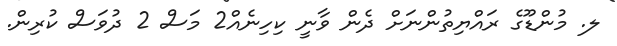
ލ. މުންޑޫގެ ރައްޔިތުންނަށް ދެން ވާނީ ކިހިނެއް2 މަސް 2 ދުވަސް ކުރިން.